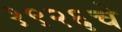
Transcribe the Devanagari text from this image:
१९२६चे